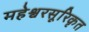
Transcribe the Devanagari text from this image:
महेश्वरसूरिकृत